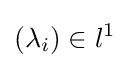
\left(\lambda _{i}\right)\in l^{1}